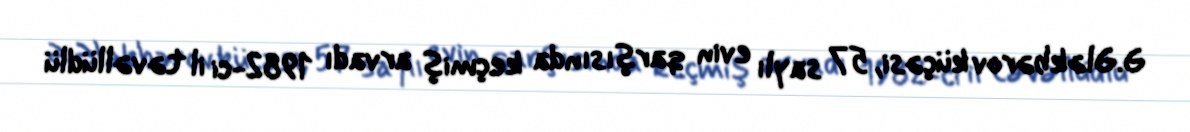
Ə.Ələkbərov küçəsi, 57 saylı evin qarşısında keçmiş arvadı 1982-ci il təvəllüdlü